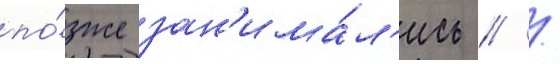
по́зже зан'има́л'ись // /